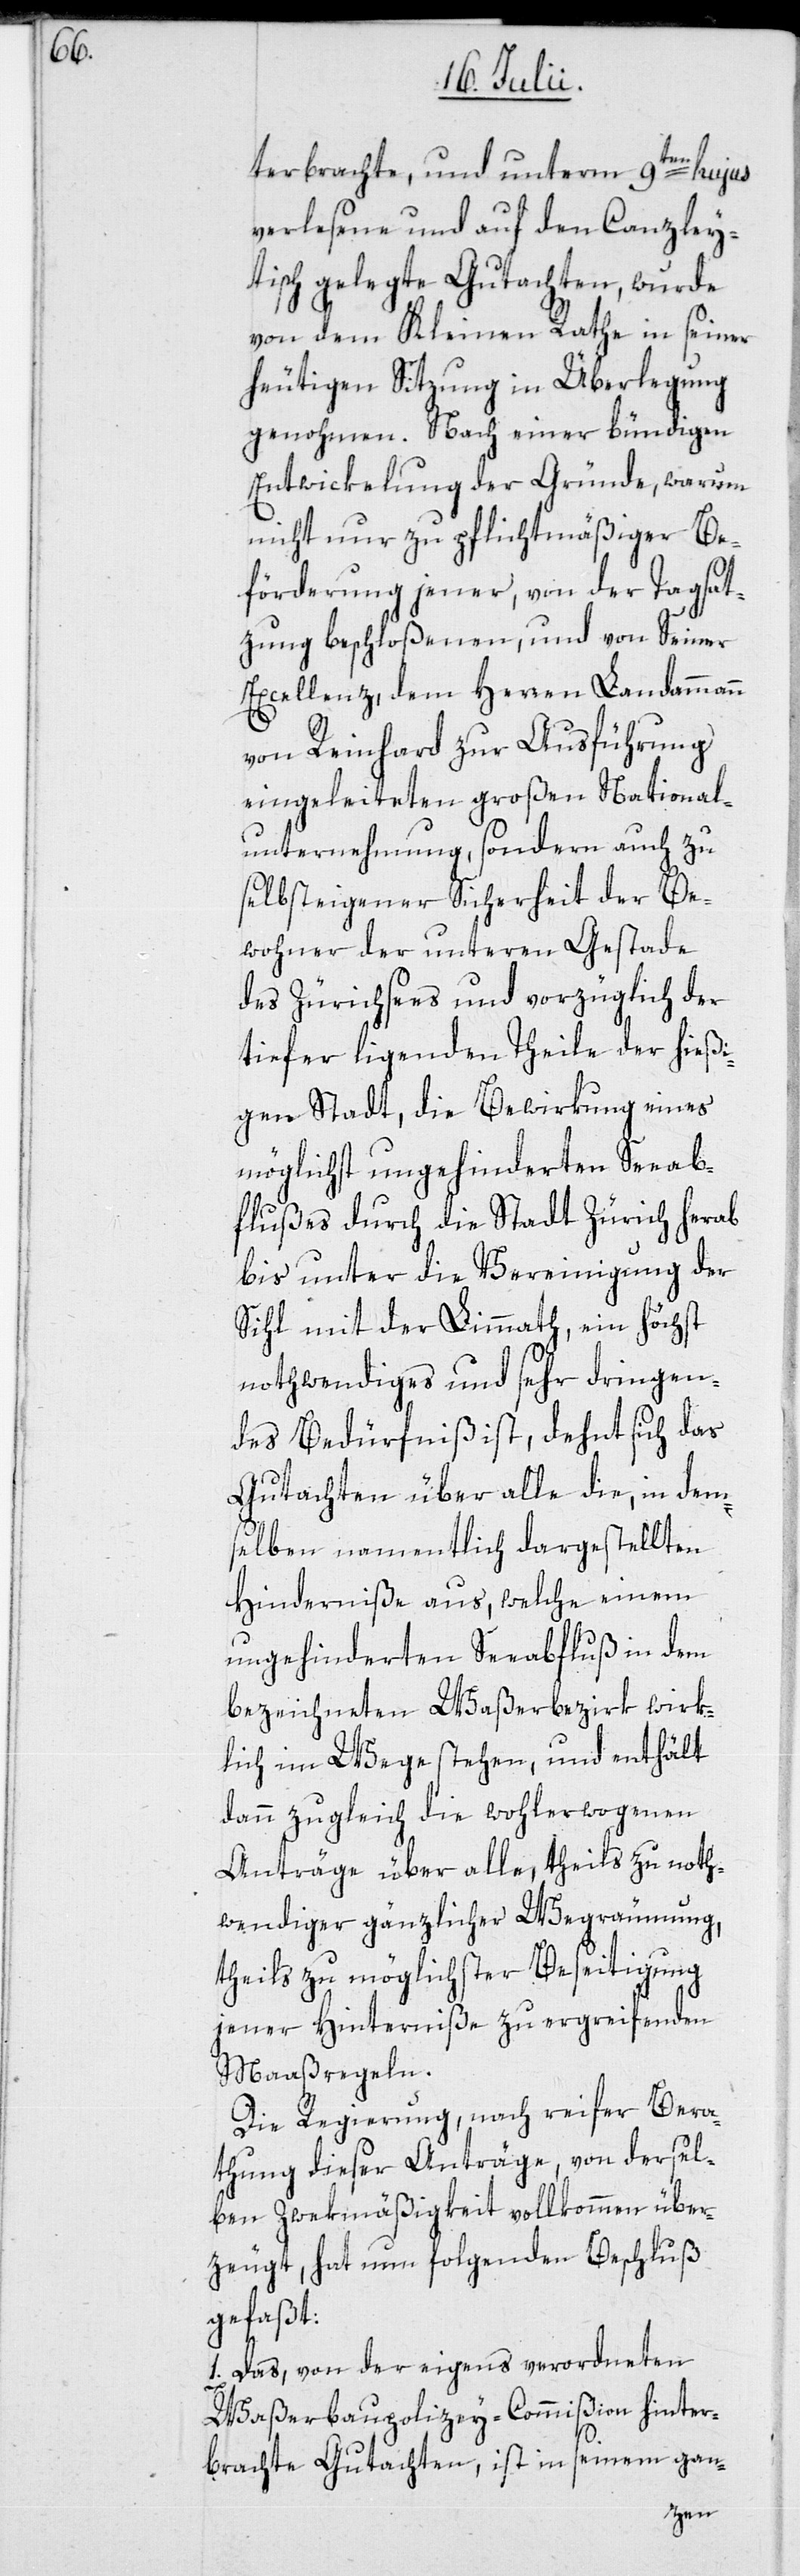
terbrachte, und unterm 9ten hujus
verlesene und auf den Canzley¬
tisch gelegte Gutachten, wurde
von dem Kleinen Rathe in seiner
heutigen Sitzung in Überlegung
genohmen. Nach einer bündigen
Entwickelung der Gründe, warum
nicht nur zu pflichtmäßiger Be¬
förderung jener, von der Tagsat¬
zung beschloßenen, und von Seiner
Excellenz, dem Herren Landammann
von Reinhard zur Ausführung
eingeleiteten großen National¬
unternehmung, sondern auch zu
selbsteigener Sicherheit der Be¬
wohner der unteren Gestade
des Zürichsees und vorzüglich der
tiefer ligenden Theile der hießi¬
gen Stadt, die Bewirkung eines
möglichst ungehinderten Seeab¬
flußes durch die Stadt Zürich herab
bis unter die Vereinigung der
Sihl mit der Limmath, ein höchst
nothwendiges und sehr dringen¬
des Bedürfniß ist, dehnt sich das
Gutachten über alle die, in dem¬
selben namentlich dargestellten
Hinderniße aus, welche einem
ungehinderten Seeabfluß in dem
bezeichneten Waßerbezirk wirk¬
lich im Wege stehen, und enthält
dann zugleich die wohlerwogenen
Anträge über alle, theils zu noth¬
wendiger gänzlicher Wegräumung,
theils zu möglichster Beseitigung
jener Hinterniße zu ergreifenden
Maaßregeln.
Die Regierung, nach reifer Bera¬
thung dieser Anträge, von dersel¬
ben Zwekmäßigkeit vollkommen über¬
zeugt, hat nun folgenden Beschluß
gefaßt:
1. Das, von der eigens verordneten
Waßerbaupolizey-Commißion hinter¬
brachte Gutachten, ist in seinem gan-